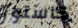
كاستور